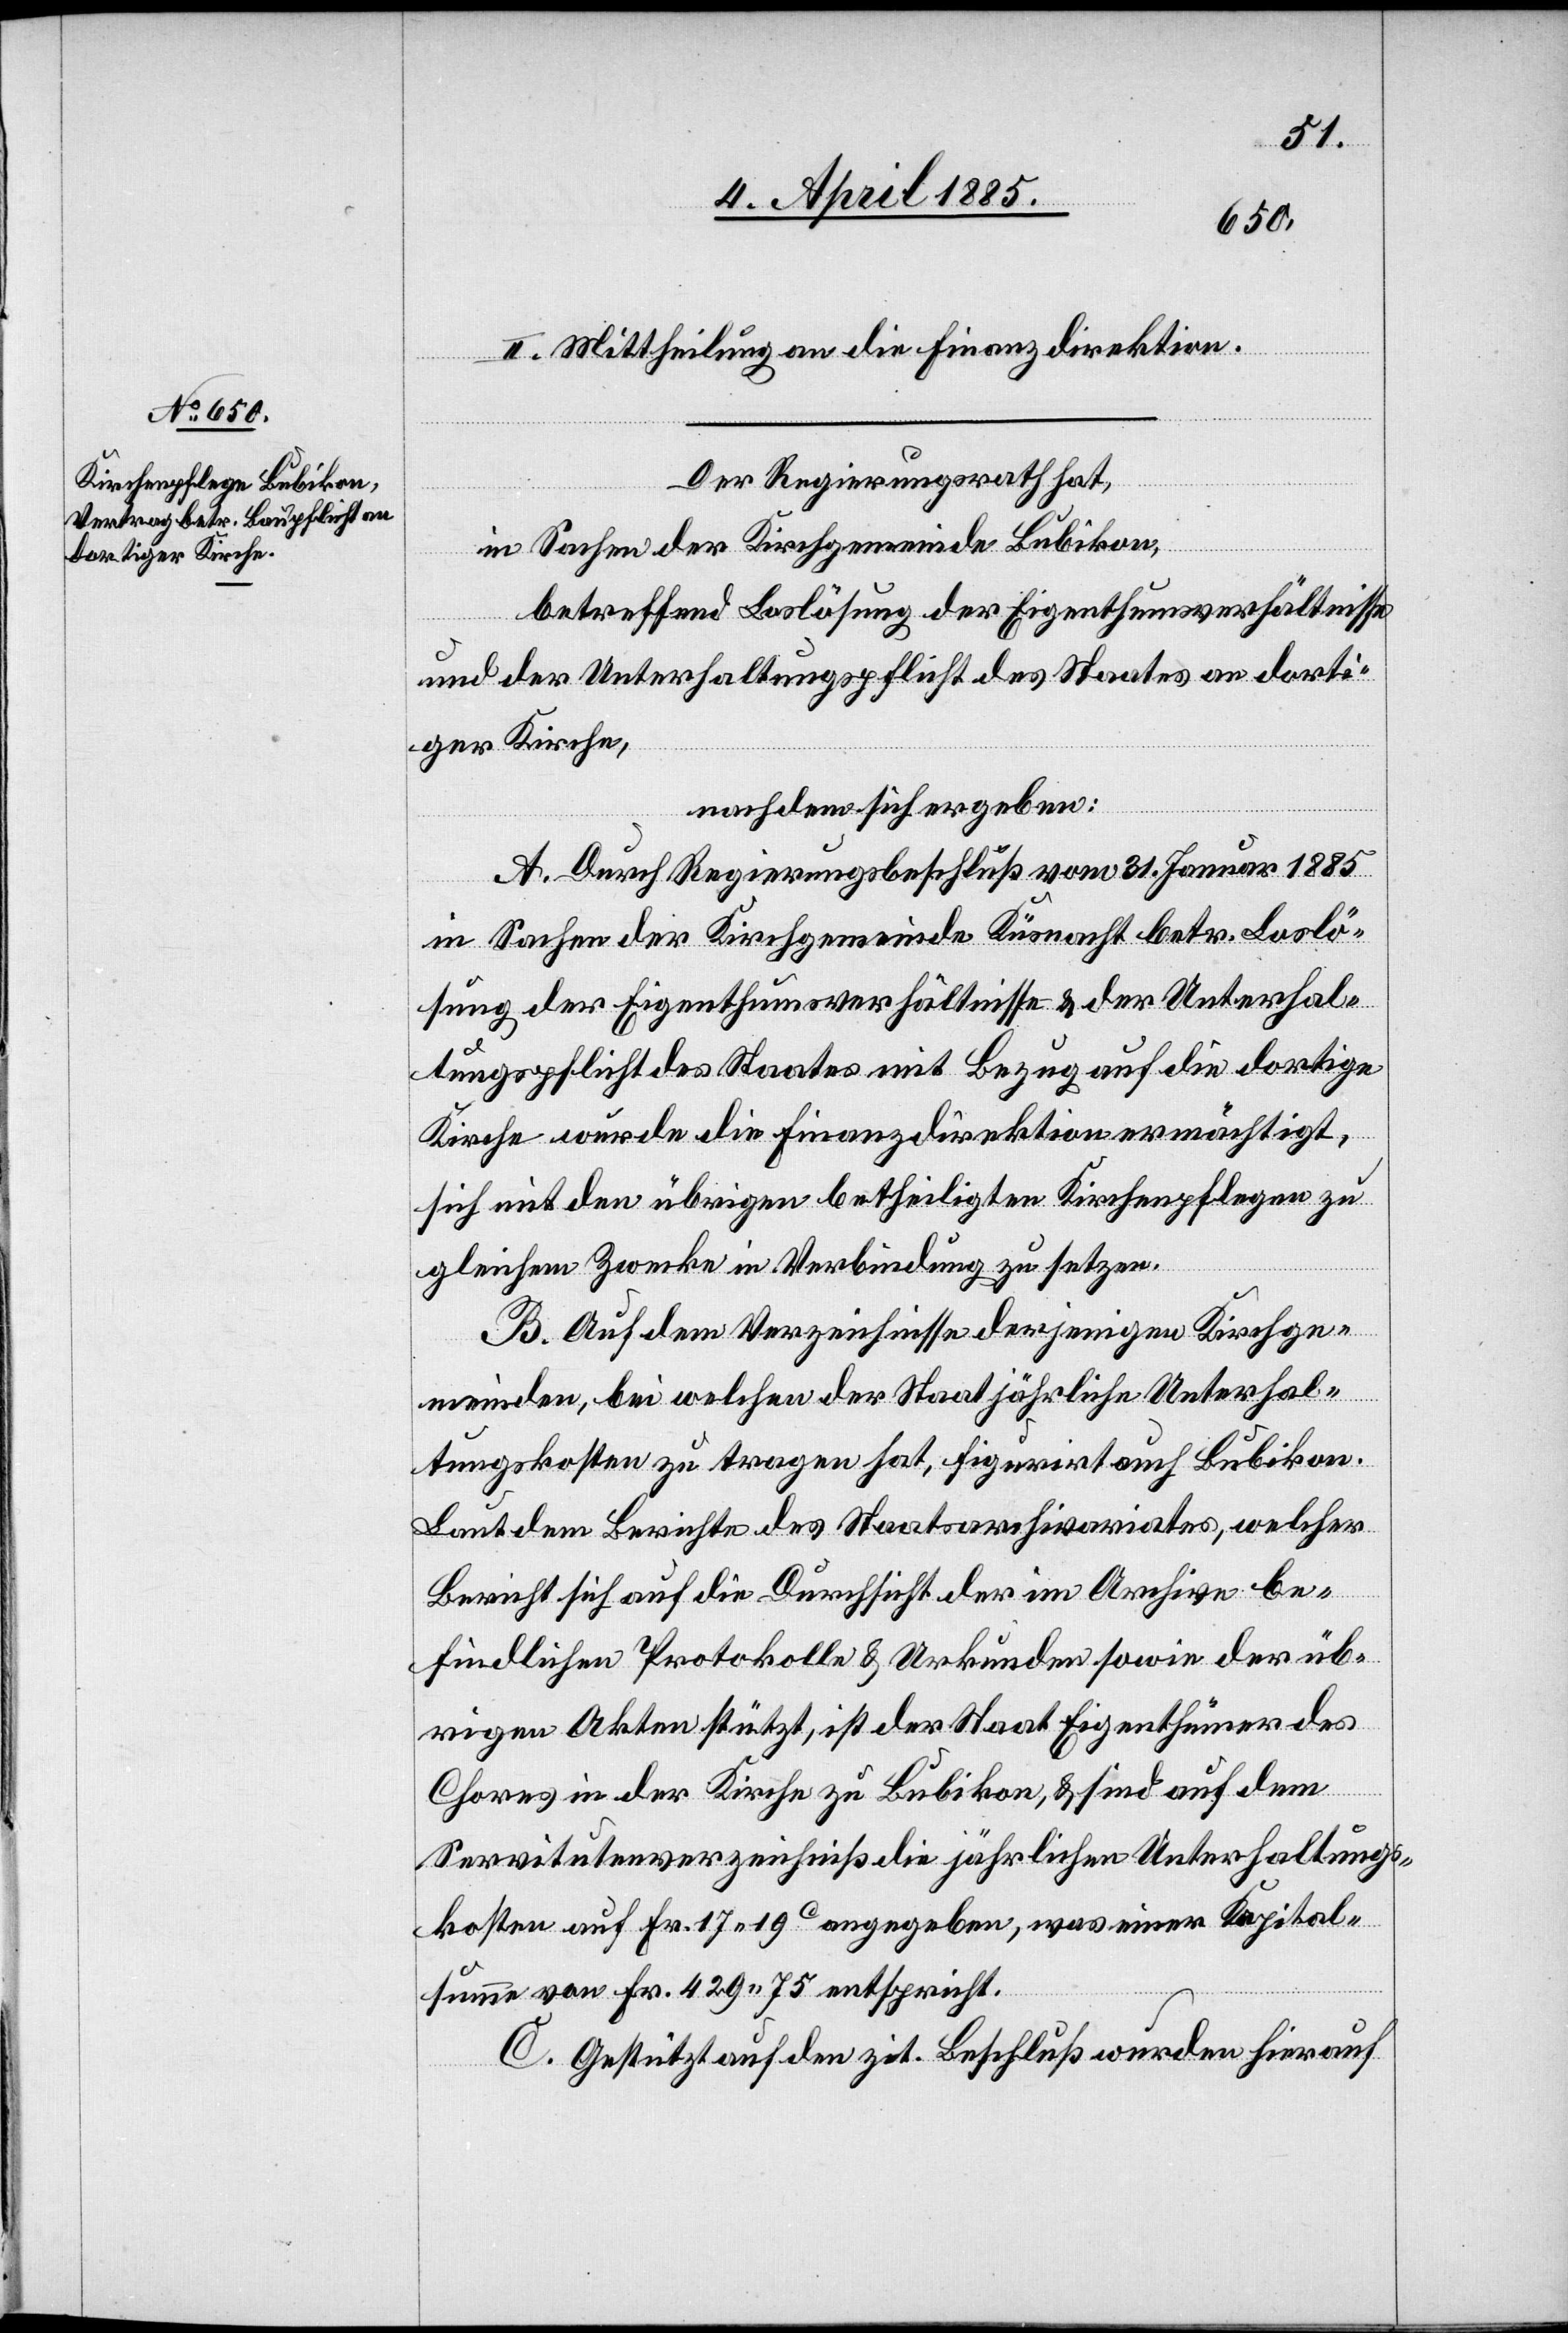
II. Mittheilung an die Finanzdirektion.
Der Regierungsrath hat,
in Sachen der Kirchgemeinde Bubikon,
betreffend Loslösung der Eigenthumsverhältnisse
und der Unterhaltungspflicht des Staates an dorti¬
ger Kirche,
nachdem sich ergeben:
A. Durch Regierungsbeschluß vom 31. Januar 1885
in Sachen der Kirchgemeinde Küsnacht betr. Loslö¬
sung der Eigenthumsverhältnisse & der Unterhal¬
tungspflicht des Staates mit Bezug auf die dortige
Kirche wurde die Finanzdirektion ermächtigt,
sich mit den übrigen betheiligten Kirchenpflegen zu
gleichen Zwecken in Verbindung zu setzen.
B. Auf dem Verzeichnisse derjenigen Kirchge¬
meinden, bei welchen der Staat jährliche Unterhal¬
tungskosten zu tragen hat, figurirt auch Bubikon.
Laut dem Berichte des Staatsarchivariates, welcher
Bericht sich auf die Durchsicht der im Archive be¬
findlichen Protokolle & Urkunden sowie der üb¬
rigen Akten stützt, ist der Staat Eigenthümer des
Chores in der Kirche zu Bubikon, & sind auf dem
Servitutenverzeichniß die jährlichen Unterhaltungs¬
kosten auf Fr. 17 19 angegeben, was einer Kapital¬
summe von Fr. 429 75 entspricht.
C. Gestützt auf den zit. Beschluß wurden hierauf